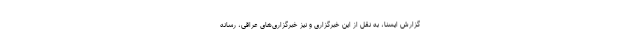
گزارش ایسنا، به نقل از این خبرگزاری و نیز خبرگزاری‌های عراقی، رسانه